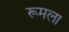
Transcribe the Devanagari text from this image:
रूमला